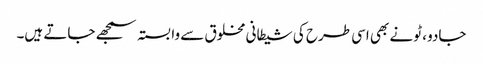
جادو ، ٹونے بھی اسی طرح کی شیطانی مخلوق سے وابستہ سمجھے جاتے ہیں۔